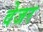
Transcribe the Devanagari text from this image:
वेजर